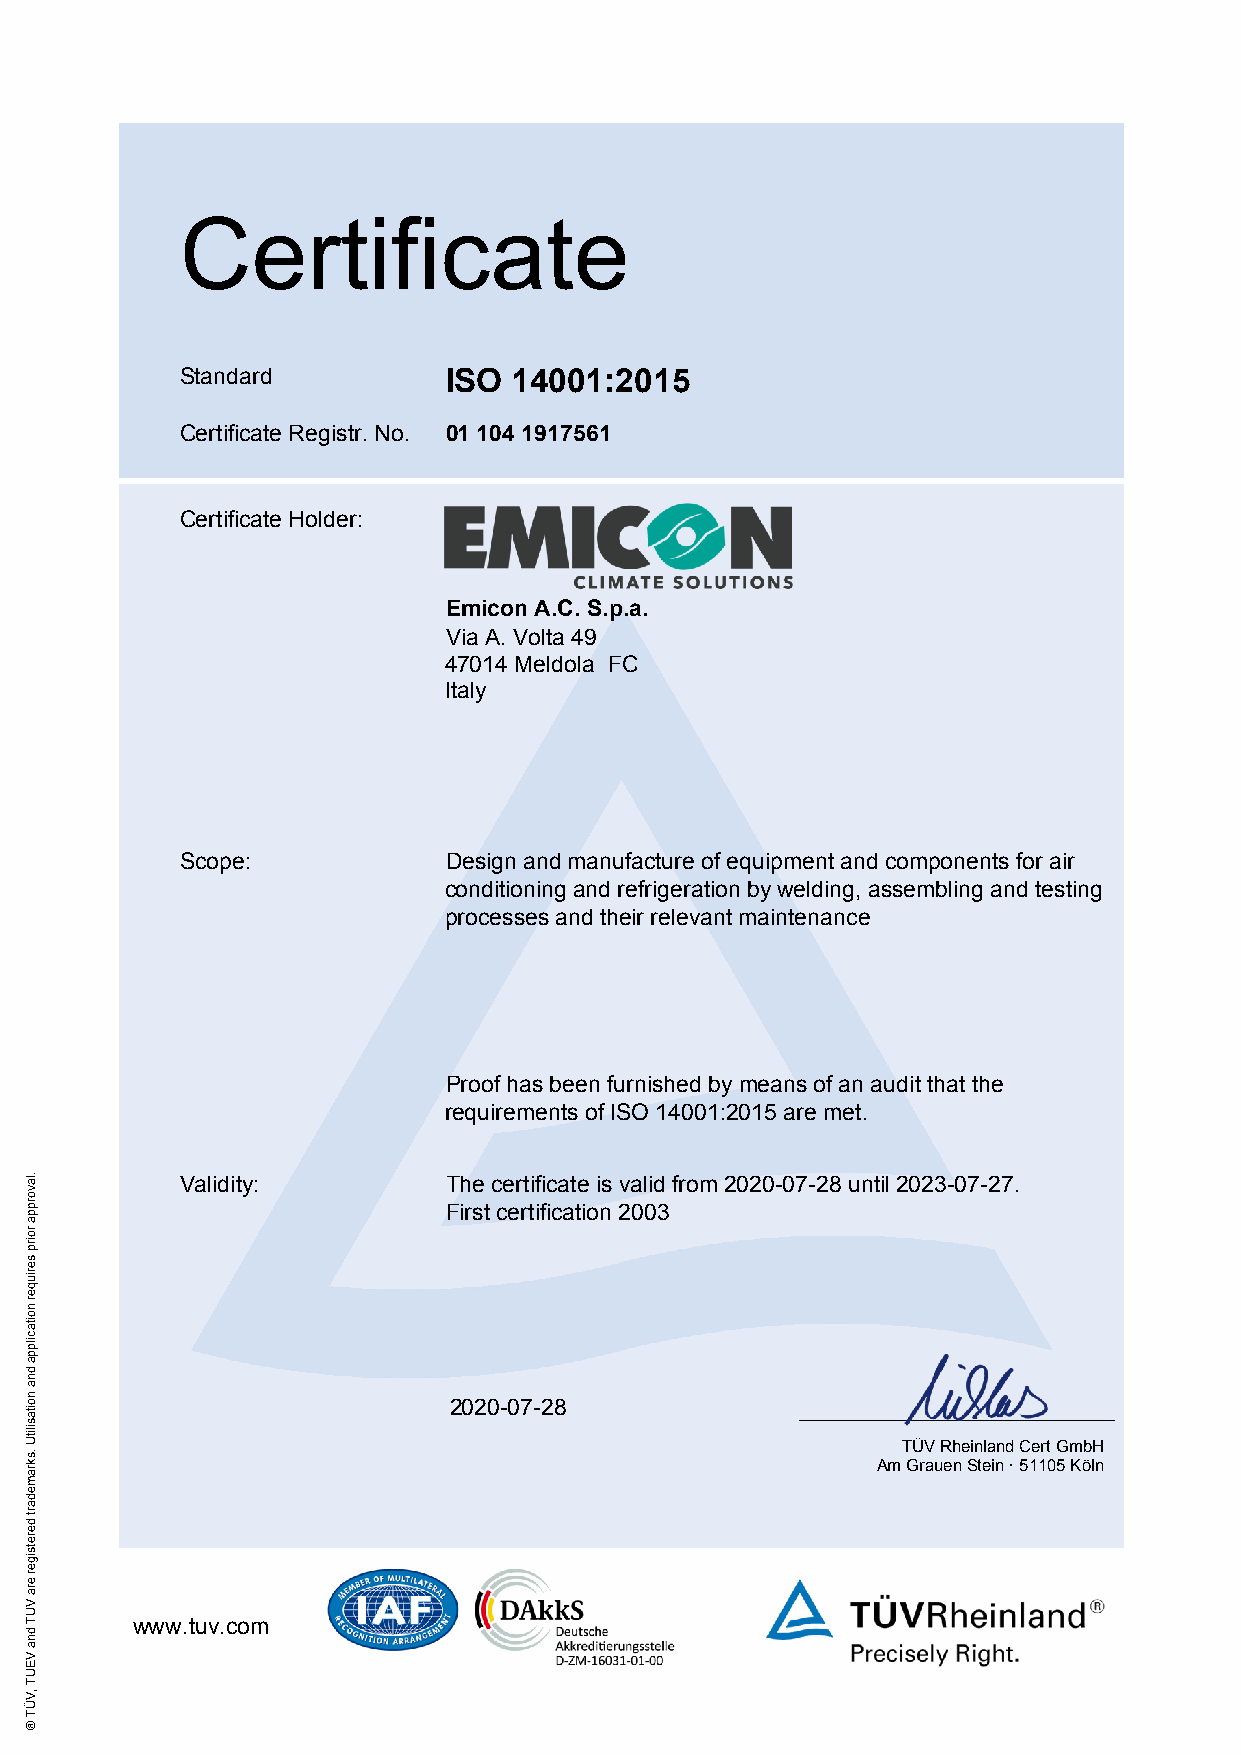
Certificate
 Standard         ISO  14001:2015
 Certificate Registr. No. 01 104 1917561
 Certificate Holder:
 Emicon A.C. S.p.a.
 Via A. Volta 49
 47014 Meldola FC
 Italy
 Scope:           Design and manufacture of equipment and components for air
 conditioning and refrigeration by welding, assembling and testing
 processes and their relevant maintenance
 Proof has been furnished by means of an audit that the
 requirements of ISO 14001:2015 are met.
 Validity:        The certificate is valid from 2020-07-28 until 2023-07-27.
 First certification 2003
 2020-07-28
 TÜV Rheinland Cert GmbH
 Am Grauen Stein · 51105 Köln
 www.tuv.com
 .lavorppa
 roirp
 seriuqer
 noitacilppa
 dna
 noitasilitU
 .skramedart
 deretsiger
 era
 VUT
 dna
 VEUT
 ,VÜT
 ®